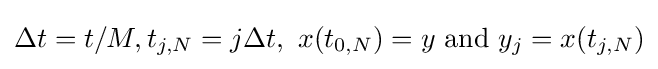
\Delta t=t/M,t_{j,N}=j\Delta t,\ x(t_{0,N})=y{\hbox{ and }}{y}_{j}=x(t_{j,N})